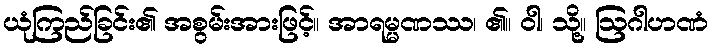
ယုံကြည်ခြင်း၏ အစွမ်းအားဖြင့်။ အာရမ္မဏဿ၊ ၏။ ဝါ၊ သို့။ ဩဂါဟဏံ